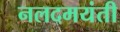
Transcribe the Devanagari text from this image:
नलदमयंती